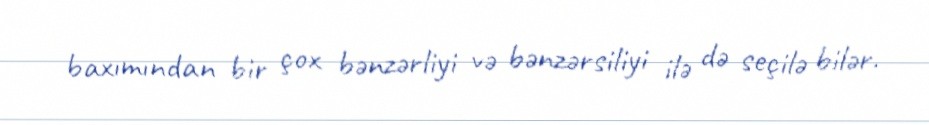
baxımından bir çox bənzərliyi və bənzərsiliyi ilə də seçilə bilər.